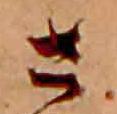
さ